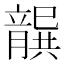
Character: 𭘐